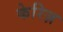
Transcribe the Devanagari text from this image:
केरिज़